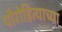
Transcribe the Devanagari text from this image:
पौरोहित्याच्या